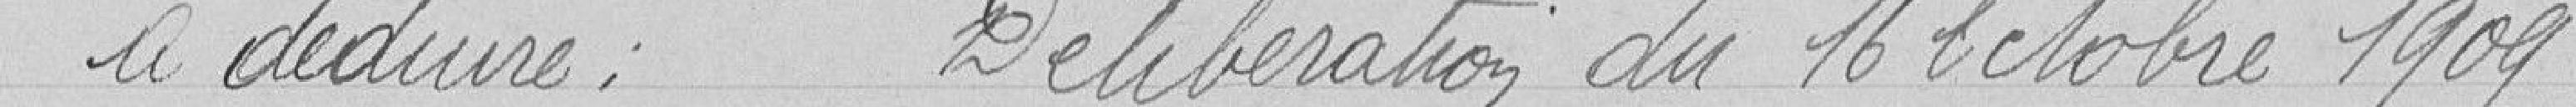
à déduire ; Délibération du 16 octobre 1909